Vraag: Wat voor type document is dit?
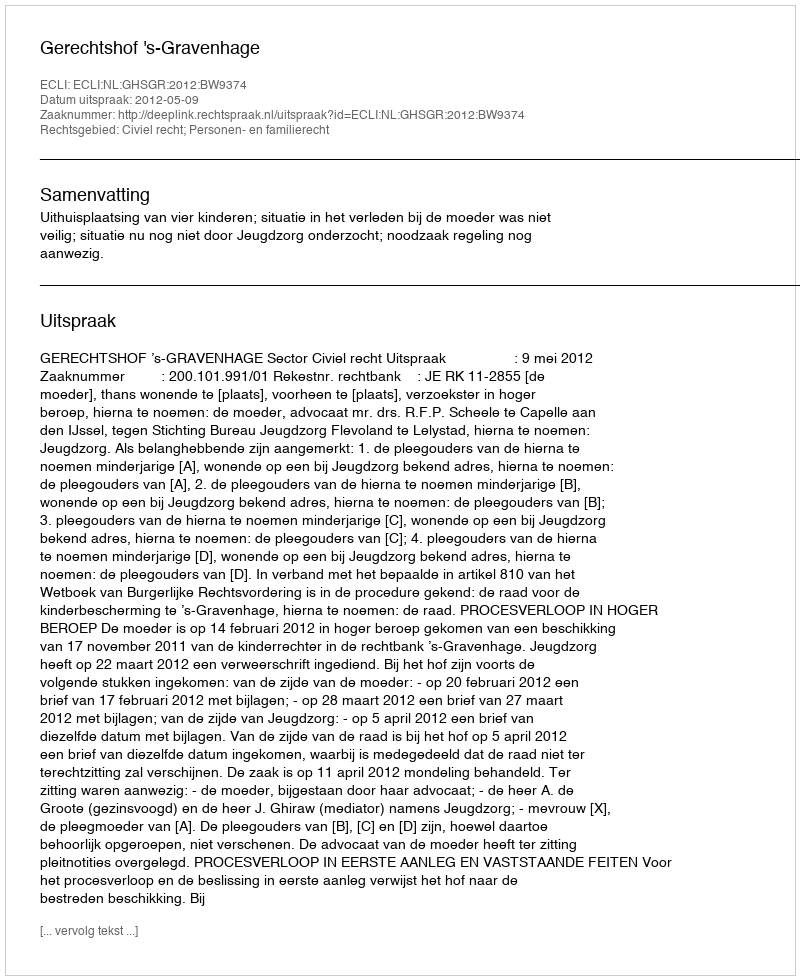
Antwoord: Uitspraak